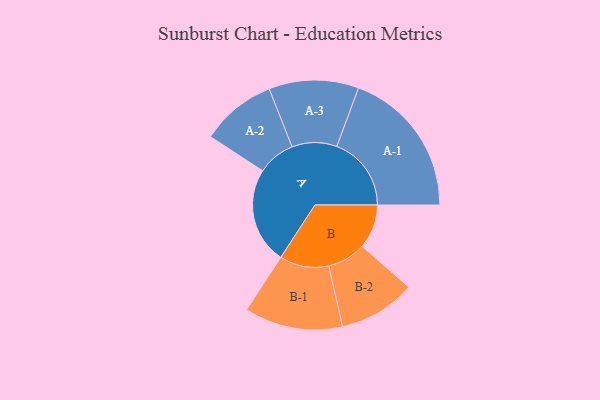
{"axis": {"x": "Segment", "y": "Value"}, "legend": ["", "A", "B"], "data": [{"x": "A", "y": 380, "type": ""}, {"x": "B", "y": 174, "type": ""}, {"x": "A-1", "y": 294, "type": "A"}, {"x": "A-2", "y": 149, "type": "A"}, {"x": "A-3", "y": 177, "type": "A"}, {"x": "B-1", "y": 194, "type": "B"}, {"x": "B-2", "y": 152, "type": "B"}]}